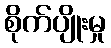
စိုက်ပျိုးမှု